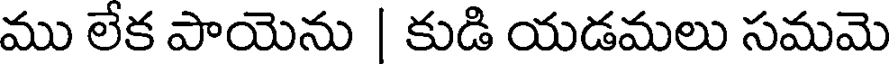
ము లేక పాయెను | కుడి యడమలు సమమె